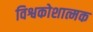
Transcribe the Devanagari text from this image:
विश्वकोशात्मक